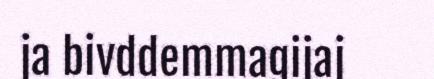
ja bivddemmagijaj